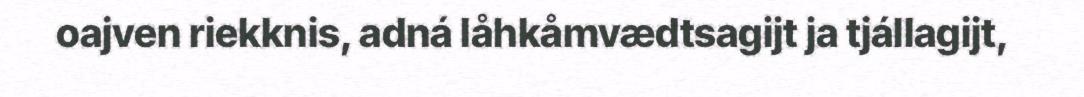
oajven riekknis, adná låhkåmvædtsagijt ja tjállagijt,